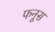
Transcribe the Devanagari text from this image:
फनूस